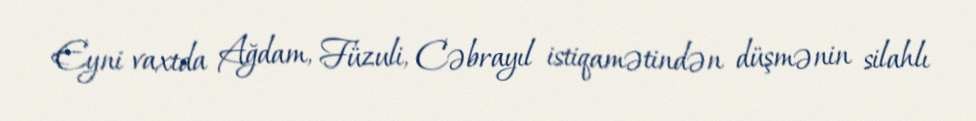
Eyni vaxtda Ağdam, Füzuli, Cəbrayıl istiqamətindən düşmənin silahlı